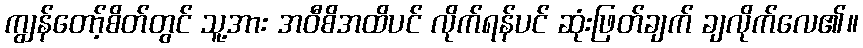
ကျွန်တော့်စိတ်တွင် သူ့အား အဝီစိအထိပင် လိုက်ရန်ပင် ဆုံးဖြတ်ချက် ချလိုက်လေ၏။